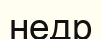
недр